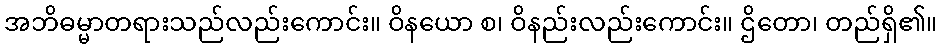
အဘိဓမ္မာတရားသည်လည်းကောင်း။ ဝိနယော စ၊ ဝိနည်းလည်းကောင်း။ ဌိတော၊ တည်ရှိ၏။